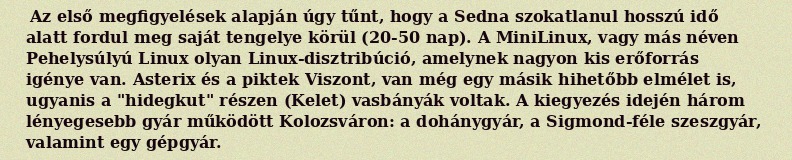
Az első megfigyelések alapján úgy tűnt, hogy a Sedna szokatlanul hosszú idő alatt fordul meg saját tengelye körül (20-50 nap). A MiniLinux, vagy más néven Pehelysúlyú Linux olyan Linux-disztribúció, amelynek nagyon kis erőforrás igénye van. Asterix és a piktek Viszont, van még egy másik hihetőbb elmélet is, ugyanis a "hidegkut" részen (Kelet) vasbányák voltak. A kiegyezés idején három lényegesebb gyár működött Kolozsváron: a dohánygyár, a Sigmond-féle szeszgyár, valamint egy gépgyár.